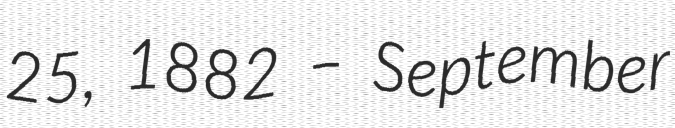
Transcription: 25, 1882 – September